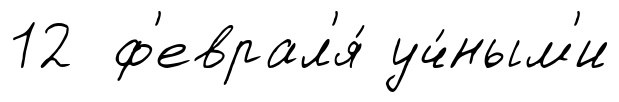
12 ф'еврал'я́ уч́ным'и